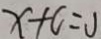
x + c = U